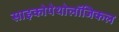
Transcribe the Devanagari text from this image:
साइकोपेथोलॉजिकल